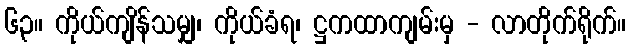
၆၃။ ကိုယ်ကျိန်သမျှ၊ ကိုယ်ခံရ၊ ဋ္ဌကထာကျမ်းမှ - လာတိုက်ရိုက်။